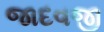
જાદવજી